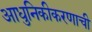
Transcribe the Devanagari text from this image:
आधुनिकीकरणाची